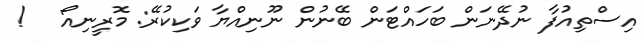
އިސްތިއުފާ ނުދޭނަން ބަހައްޓަން ބޭނުން ނޫނިއްޔާ ވަކިކުރޭ: މޮރީނިއޯ   !